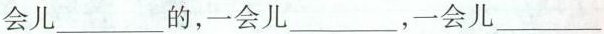
会儿___的，一会儿___，一会儿___